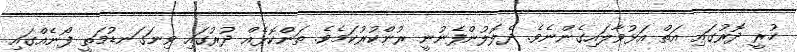
ހުރީ ދޮރުގައި އަތް އަޅުވާލައިގެންނެވެ. ދެލޮލުންފެނުނީ ރުންކުރުކަމެވެ. ތަންކޮޅެއް ދުރުގައި ވިނަގަނޑުމަތީ ފޯނެއްގައި